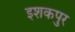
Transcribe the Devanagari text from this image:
इशकपुर